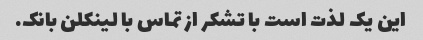
این یک لذت است با تشکر از تماس با لینکلن بانک.